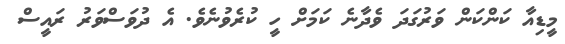
މީޑިއާ ކަންކަން ވަރުގަދަ ވެދާނެ ކަމަށް ހީ ކުރެވުނެވެ. އެ ދުވަސްވަރު ރައީސް